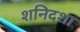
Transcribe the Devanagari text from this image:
शनिदशा